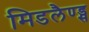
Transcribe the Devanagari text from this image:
मिडलैण्ड्स